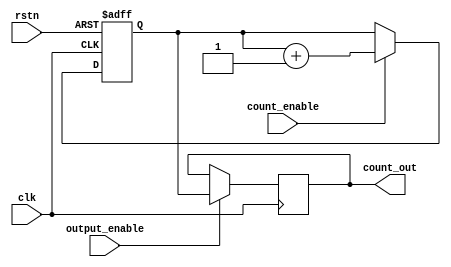
module SynchronousCounter (
    input wire clk,              // Clock input
    input wire rstn,            // Asynchronous reset (active low)
    input wire count_enable,     // Count enable input
    input wire output_enable,     // Output enable input
    output reg [3:0] count_out   // 4-bit counter output
);

    // Counter state register
    reg [3:0] counter_reg; // 4-bit counter register

    always @(posedge clk or negedge rstn) begin
        if (!rstn) begin
            // Asynchronous reset
            counter_reg <= 4'b0000; // Reset state
        end else if (count_enable) begin
            // Increment the counter
            counter_reg <= counter_reg + 1;
        end
        // If count_enable is not asserted, retain the current value
    end

    // Output control logic
    always @(posedge clk) begin
        if (output_enable) begin
            // If output is enabled, assign the counter value to output
            count_out <= counter_reg;
        end else begin
            // If output is not enabled, hold the previous value (or set to default)
            // Here we leave count_out to hold its previous value
            // Alternatively, we could set count_out = 4'b0000; for a default state
        end
    end

endmodule